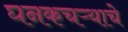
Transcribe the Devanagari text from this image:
घनकचऱ्याचे